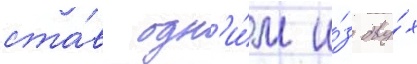
ста́в одн'и́м и́з дву́х